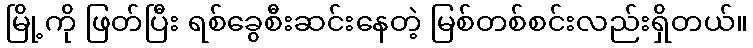
မြို့ကို ဖြတ်ပြီး ရစ်ခွေစီးဆင်းနေတဲ့ မြစ်တစ်စင်းလည်းရှိတယ်။